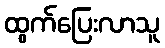
ထွက်ပြေးလာသူ